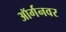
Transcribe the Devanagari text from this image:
ऑर्गनवर